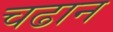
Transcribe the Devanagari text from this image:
चढान